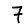
Digit: 7